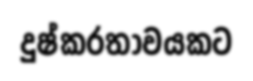
දුෂ්කරතාවයකට